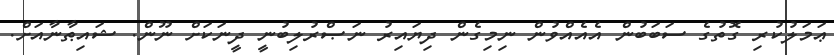
ޢަމަލުކުރި ގޮތުގެ ސަބަބުން އެއެއްވުން ނިމިގެން ދިޔައިރު ނަޞްރުލިބުނީ ދީނަކަށް ނޫން. ޝައިޠާނާއަށް.